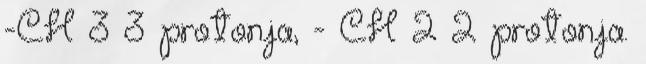
-CH 3 3 protonja, - CH 2 2 protonja.